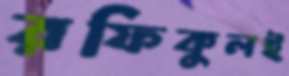
রফিকুলই